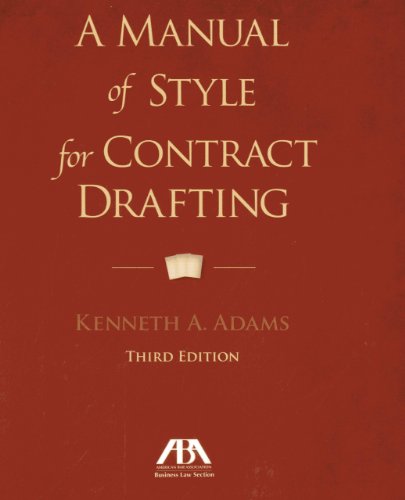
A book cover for A Manual of Style for Contract Drafting; Kenneth A. Adams; Law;